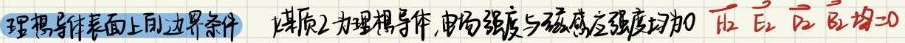
理想导体表面上的边界条件：设媒质2为理想导体，电场强度与磁感应强度均为0，$\overrightarrow{H_2}=\overrightarrow{E_2}=\overrightarrow{D_2}=\overrightarrow{B_2}=0$